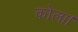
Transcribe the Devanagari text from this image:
कोला।